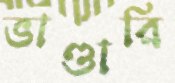
ভাণ্ডারি